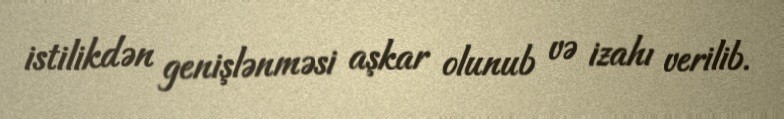
istilikdən genişlənməsi aşkar olunub və izahı verilib.